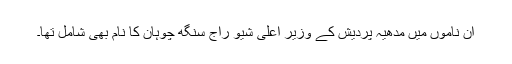
ان ناموں میں مدھیہ پردیش کے وزیر اعلیٰ شیو راج سنگھ چوہان کا نام بھی شامل تھا۔